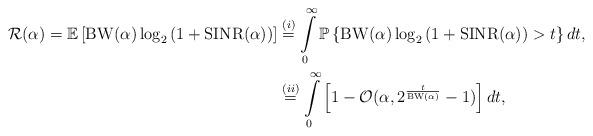
LaTeX: \begin{align*}\mathcal{R}(\alpha)=\mathbb{E}\left[{{\rm BW}}(\alpha) \log_2 \left(1+{\rm SINR}(\alpha) \right)\right] &\stackrel{(i)}{=}\int\limits_{0}^{\infty} \mathbb{P}\left\{{{\rm BW}}(\alpha) \log_2 \left(1+{\rm SINR}(\alpha) \right)>t \right\} dt, \\&\stackrel{(ii)}{=} \int\limits_{0}^{\infty} \left[1- \mathcal{O}(\alpha, 2^{\frac{t}{{\rm BW}(\alpha)}}-1) \right] dt,\end{align*}